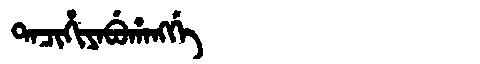
Manchu: ᡨᠠᠴᡳᡥᡳᠶᠠᠪᡠᡥᠠᠩᡤᡝ
Romanization: TACIHIYABUHANGGE